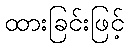
ထားခြင်းဖြင့်